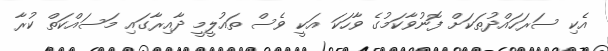
އެކި ސަރަހައްދުތަކަށް ފޮނުވާކަމުގެ ވާހަކަ އަކީ ވެސް ތައުލީމީ ދާއިރާގައި މަސައްކަތް ކުރާ